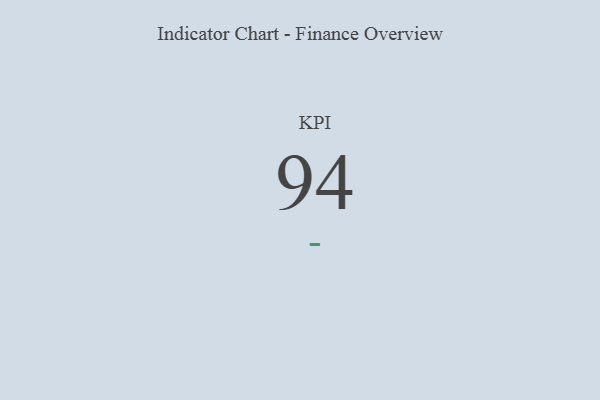
{"axis": {"x": "KPI", "y": "Value"}, "legend": [""], "data": [{"x": "KPI", "y": 94, "type": ""}]}